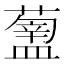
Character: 𥂿